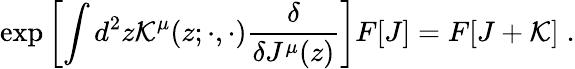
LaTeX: \exp\left[\int d^{2}z{\cal K}^{\mu}(z;\cdot,\cdot)\frac{\delta}{\delta J^{\mu}(z)}\right]F[J]=F[J+{\cal K}]\; .